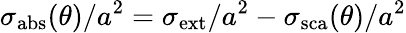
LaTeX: \sigma_{\mathrm{{abs}}}(\theta)/a^{2}=\sigma_{\mathrm{{ext}}}/a^{2}-\sigma_{\mathrm{{sca}}}(\theta)/a^{2}